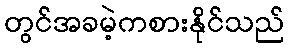
တွင်အခမဲ့ကစားနိုင်သည်